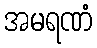
အမရဏံ